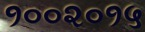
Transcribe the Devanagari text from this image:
१००२०१५